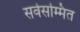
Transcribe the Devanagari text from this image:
सर्वसम्मित